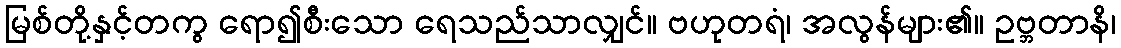
မြစ်တို့နှင့်တကွ ရော၍စီးသော ရေသည်သာလျှင်။ ဗဟုတရံ၊ အလွန်များ၏။ ဥဗ္ဘတာနိ၊